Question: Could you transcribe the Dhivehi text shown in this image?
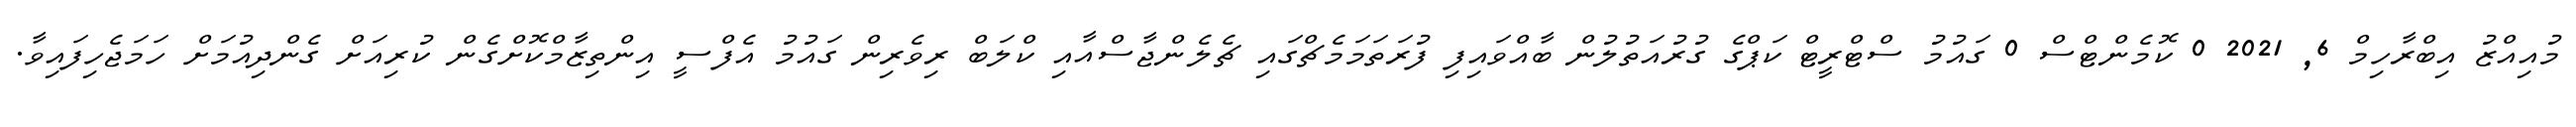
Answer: މުއިއްޒު އިބްރާހިމް 6, 2021 0 ކޮމެންޓްސް 0 ގައުމު ސްޓްރީޓް ކަޕްގެ ގުރުއަތުލުން ބާއްވައިފި ފުރަތަމަމެޗްގައި ޗެލެންޖާސްއާއި ކްލަބް ރިވެރިން ގައުމު އެފްސީ އިންތިޒާމްކޮށްގެން ކުރިއަށް ގެންދިއުމަށް ހަމަޖެހިފައިވާ.